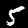
Digit: 5